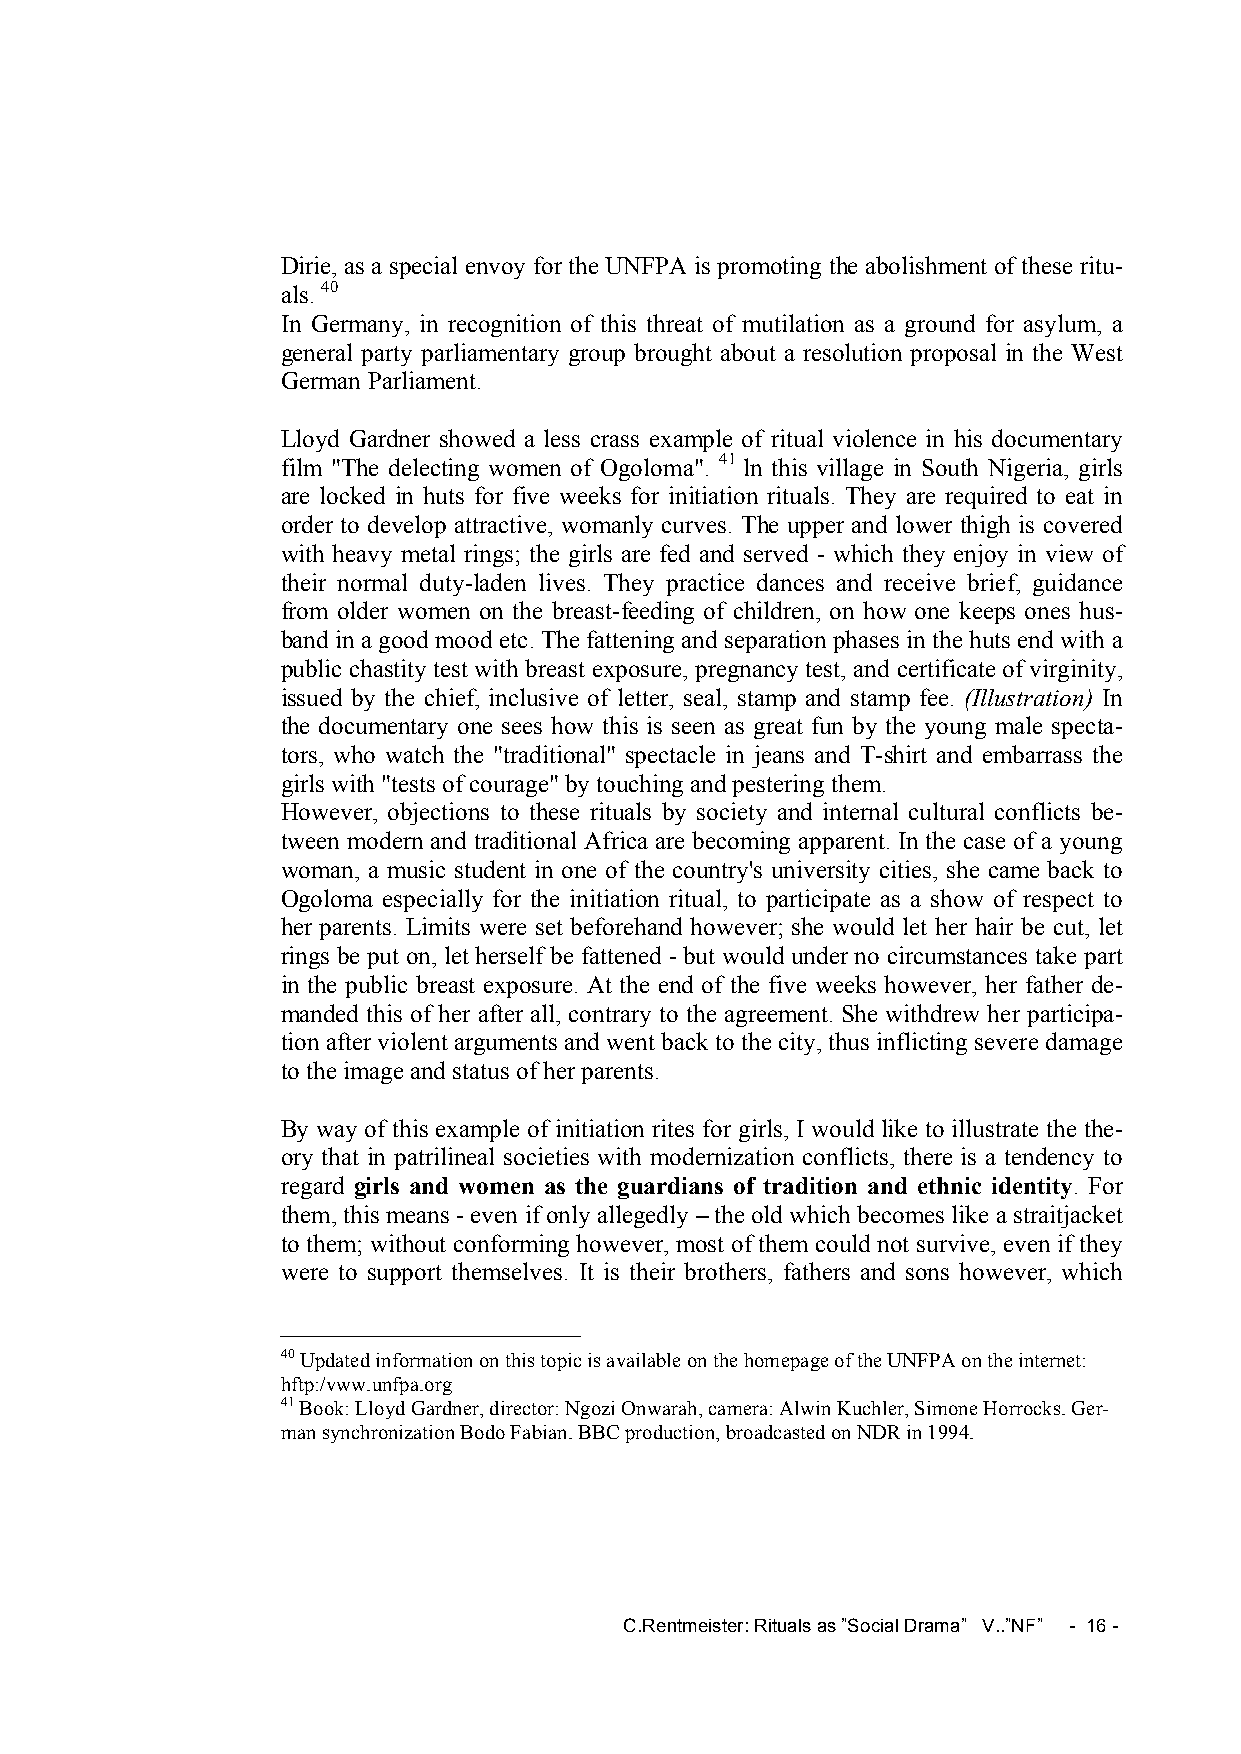
Dirie, as a special envoy for the UNFPA is promoting the abolishment of these ritu-
 als. 40
 In Germany, in recognition of this threat of mutilation as a ground for asylum, a
 general party parliamentary group brought about a resolution proposal in the West
 German Parliament.
 Lloyd Gardner showed a less crass example of ritual violence in his documentary
 film "The delecting women of Ogoloma". 41 ln this village in South Nigeria, girls
 are locked in huts for five weeks for initiation rituals. They are required to eat in
 order to develop attractive, womanly curves. The upper and lower thigh is covered
 with heavy metal rings; the girls are fed and served - which they enjoy in view of
 their normal duty-laden lives. They practice dances and receive brief, guidance
 from older women on the breast-feeding of children, on how one keeps ones hus-
 band in a good mood etc. The fattening and separation phases in the huts end with a
 public chastity test with breast exposure, pregnancy test, and certificate of virginity,
 issued by the chief, inclusive of letter, seal, stamp and stamp fee. (Illustration) In
 the documentary one sees how this is seen as great fun by the young male specta-
 tors, who watch the "traditional" spectacle in jeans and T-shirt and embarrass the
 girls with "tests of courage" by touching and pestering them.
 However, objections to these rituals by society and internal cultural conflicts be-
 tween modern and traditional Africa are becoming apparent. In the case of a young
 woman, a music student in one of the country's university cities, she came back to
 Ogoloma especially for the initiation ritual, to participate as a show of respect to
 her parents. Limits were set beforehand however; she would let her hair be cut, let
 rings be put on, let herself be fattened - but would under no circumstances take part
 in the public breast exposure. At the end of the five weeks however, her father de-
 manded this of her after all, contrary to the agreement. She withdrew her participa-
 tion after violent arguments and went back to the city, thus inflicting severe damage
 to the image and status of her parents.
 By way of this example of initiation rites for girls, I would like to illustrate the the-
 ory that in patrilineal societies with modernization conflicts, there is a tendency to
 regard girls and women as the guardians of tradition and ethnic identity. For
 them, this means - even if only allegedly – the old which becomes like a straitjacket
 to them; without conforming however, most of them could not survive, even if they
 were to support themselves. It is their brothers, fathers and sons however, which
 40 Updated information on this topic is available on the homepage of the UNFPA on the internet:
 hftp:/vww.unfpa.org
 41 Book: Lloyd Gardner, director: Ngozi Onwarah, camera: Alwin Kuchler, Simone Horrocks. Ger-
 man synchronization Bodo Fabian. BBC production, broadcasted on NDR in 1994.
 C.Rentmeister: Rituals as ”Social Drama” V..”NF” - 16 -